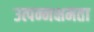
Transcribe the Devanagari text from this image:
उत्पन्नक्षमता